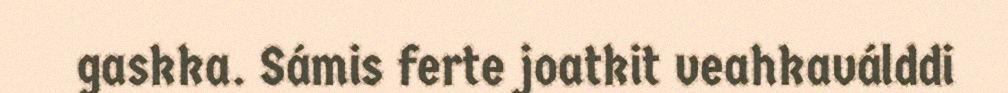
gaskka. Sámis ferte joatkit veahkaválddi